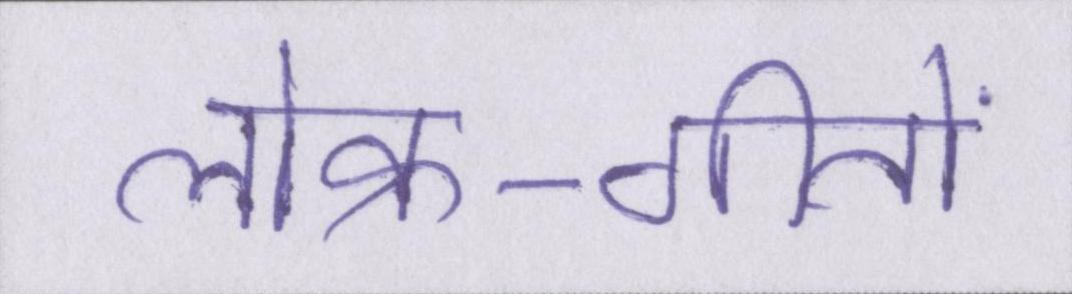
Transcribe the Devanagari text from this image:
लोक-गीतों